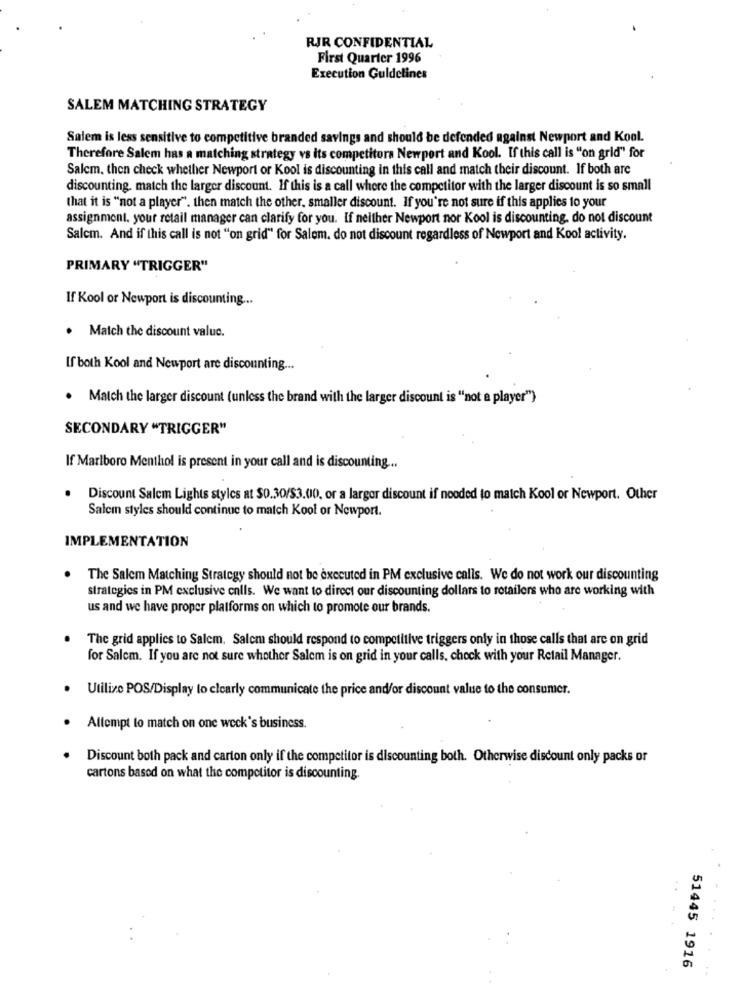
RJR CONFIDENTIAL
First Quarter 1996
Execution Guidelines
SALEM MATCHING STRATEGY
Salem is less sensitive to competitive branded savings and should be defended against Newport and Kool.
Therefore Salem has a matching strategy vs its competitora Newport and Kool. If this call is "on grid" for
Salem, then check whether Newport or Kool is discounting in this call and match their discount. If both are
discounting. match the larger discount. If this is a call where the competitor with the larger discount is so small
that it is "not a player". then match the other, smaller discount. If you're not sure if this applies to your
assignment. your retail manager can clarify for you. If neither Newport nor Kool is discounting, do not discount
Salem. And if this call is not "on grid" for Salem. do not discount regardless of Newport and Kool activity.
PRIMARY "TRIGGER"
If Kool or Newport is discounting ...
. Match the discount valuc.
If both Kool and Newport are discounting ...
. Match the larger discount (unless the brand with the larger discount is "not a player")
SECONDARY "TRIGGER"
If Marlboro Menthol is present in your call and is discounting ...
.
Discount Salem Lights stylcs at $0.30/$3.00, or a largor discount if nooded to match Kool or Newport. Other
Salein styles should continue to match Kool or Newport.
IMPLEMENTATION
The Salem Matching Strategy should not be executed in PM exclusive calls. We do not work our discounting
strategies in PM exclusive calls. We want to direct our discounting dollars to retailers who are working with
us and we have proper platforms on which to promote our brands.
The grid applies to Salem. Salem should respond to competitive triggers only in those calls that are on grid
for Salcm. If you are not sure whether Salem is on grid in your calls, check with your Retail Manager.
.
Utilize POS/Display lo clearly communicate the price and/or discount value to the consumer.
Allempt to match on one weck's business.
Discount both pack and carton only if the competitor is discounting both. Otherwise discount only packs or
cartons based on what the competitor is discounting
51445 1916